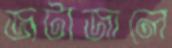
জটাজালে